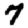
Digit: 7